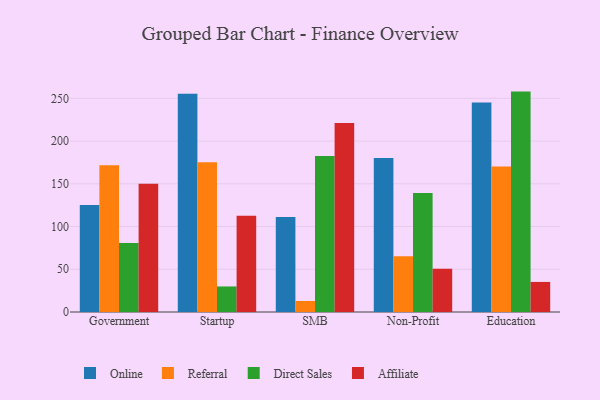
{"axis": {"x": "Segment", "y": "Population (Million)"}, "legend": ["Affiliate", "Direct Sales", "Online", "Referral"], "data": [{"x": "Government", "y": 125.3, "type": "Online"}, {"x": "Government", "y": 171.7, "type": "Referral"}, {"x": "Government", "y": 80.6, "type": "Direct Sales"}, {"x": "Government", "y": 150.1, "type": "Affiliate"}, {"x": "Startup", "y": 255.3, "type": "Online"}, {"x": "Startup", "y": 175.3, "type": "Referral"}, {"x": "Startup", "y": 29.9, "type": "Direct Sales"}, {"x": "Startup", "y": 112.5, "type": "Affiliate"}, {"x": "SMB", "y": 111.2, "type": "Online"}, {"x": "SMB", "y": 12.9, "type": "Referral"}, {"x": "SMB", "y": 182.4, "type": "Direct Sales"}, {"x": "SMB", "y": 221.2, "type": "Affiliate"}, {"x": "Non-Profit", "y": 180.2, "type": "Online"}, {"x": "Non-Profit", "y": 65.1, "type": "Referral"}, {"x": "Non-Profit", "y": 139.3, "type": "Direct Sales"}, {"x": "Non-Profit", "y": 50.6, "type": "Affiliate"}, {"x": "Education", "y": 245.2, "type": "Online"}, {"x": "Education", "y": 170.3, "type": "Referral"}, {"x": "Education", "y": 257.9, "type": "Direct Sales"}, {"x": "Education", "y": 35.2, "type": "Affiliate"}]}